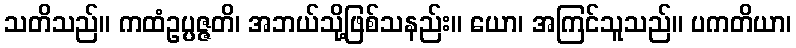
သတိသည်။ ကထံဥပ္ပဇ္ဇတိ၊ အဘယ်သို့ဖြစ်သနည်း။ ယော၊ အကြင်သူသည်။ ပကတိယာ၊